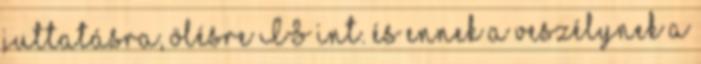
juttatásra, ölésre IS int. és ennek a veszélynek a